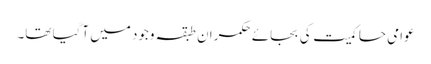
عوامی حاکمیت کی بجائے حکمران طبقہ وجود میں آگیا تھا۔